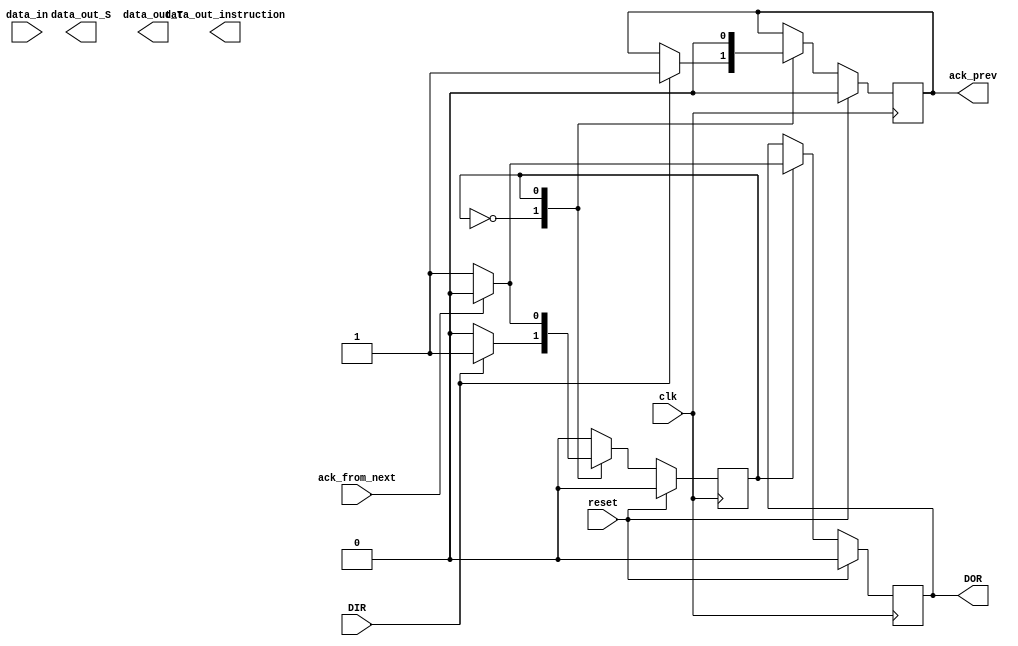
module instruction_decoder(
	input clk,
	input reset,
	/* Data Out Ready */
	output DOR,
	/* Data In Ready */
	input DIR,
	input ack_from_next,
	output ack_prev,
	input [31:0] data_in,
	output [31:0] data_out_instruction,
	output [31:0] data_out_S,
	output [31:0] data_out_T
);

/* values for the Finite State Machine of the decoder and executer */
parameter IDLE = 0;
parameter WAITING_ACK = 1;

reg state = IDLE;

parameter INST_TYPE_R = 2'd0;
parameter INST_TYPE_I = 2'd1;
parameter INST_TYPE_J = 2'd2;

reg [1:0] instruction_type = INST_TYPE_R;

reg [31:0] data_out_reg = 32'd0;
reg DOR_reg = 0;
reg ack_prev_reg = 0;
reg [31:0] instruction;
reg [31:0] D, S, T; /* registers for instruction execution */
reg [15:0] C; /* 16-bits immediate value */
reg [15:0] address;

reg [15:0] mem_addr_reg;
reg mem_we_reg;
reg mem_en_reg;
reg [31:0] mem_di_reg;
reg [3:0]  mem_bank_select_reg;

assign mem_addr = mem_addr_reg;
assign mem_di = mem_di_reg;
assign mem_we = mem_we_reg;
assign mem_en = mem_en_reg;
assign mem_bank_select = mem_bank_select_reg;

assign data_out = data_out_reg;
assign DOR = DOR_reg;
assign ack_prev = ack_prev_reg;

/* The MIPS32 registers */
reg [31:0] 	regs[31:0];
reg [31:0]	regs_do1;
reg [31:0]	regs_do2;
wire [31:0]	regs_di1;
wire [31:0]	regs_di2;
wire [4:0]	regs_index1;
wire [4:0]	regs_index2;
wire		regs_we1;
wire		regs_we2;
reg		regs_we1_reg;
reg		regs_we2_reg;
reg [4:0]	regs_index1_reg;
reg [4:0]	regs_index2_reg;

always @(posedge clk)
begin
	if ( ~reset )
	begin
		if (regs_we1)
			regs[ regs_index1 ] <= regs_di1;
		regs_do1 <= regs[ regs_index1 ];
	end
end

always @(posedge clk)
begin
	if ( ~reset )
	begin
		if (regs_we2)
			regs[ regs_index2 ] <= regs_di2;
		regs_do2 <= regs[ regs_index2 ];
	end
end

assign regs_index1 = regs_index1_reg;
assign regs_index2 = regs_index2_reg;
assign regs_we1 = regs_we1_reg;
assign regs_we2 = regs_we2_reg;

/* The decoder and executer FSM (Finite State Machine) */
always @(posedge clk)
begin
	if (reset)
	begin
		state <= IDLE;
		data_out_reg <= 0;
		DOR_reg <= 0;
		ack_prev_reg <= 0;
		mem_addr_reg <= 16'd0;
		mem_di_reg <= 32'd0;
		mem_en_reg <= 0;
		mem_we_reg <= 0;
		mem_bank_select_reg <= 4'b1111;
		regs_we1_reg <= 0;
		regs_we2_reg <= 0;
	end
	else
	begin
		case (state)

		IDLE:
		begin
			if (DIR)
			begin
				$display("instruction decoder receives input_data 0x%08X", data_in);
				ack_prev_reg <= 1;
				case ( data_in[31:26] )

				6'd0:
				begin
					regs_index1_reg <= data_in[25:21];
					regs_index2_reg <= data_in[20:16];
					C <= data_in[15:0];
					instruction_type <= INST_TYPE_R;
				end

				6'd2:
				begin
					instruction_type <= INST_TYPE_J;
				end

				6'd3:
				begin
					instruction_type <= INST_TYPE_J;
				end


				default:
				begin
					instruction_type <= INST_TYPE_I;
				end


				endcase
				state <= WAITING_ACK;
			end
		end

		WAITING_ACK:
		begin
			if (ack_from_next)
			begin
				$display("instruction decoder got ACK form next stage");
				DOR_reg <= 0;
				state <= IDLE;
			end
			else
			begin
				S <= regs_do1;
				T <= regs_do2;
				state <= WAITING_ACK;
				DOR_reg <= 1;
			end
			ack_prev_reg <= 0;
		end

		endcase
	end
end

endmodule